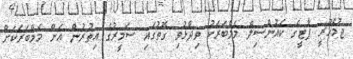
ޖުމްހޫރީ ޕާޓީގެ ކައުންސިލް މެމްބަރަކު ވިދާޅުވި ގޮތުގައި ސަމީރުގެ އިތުރުން އަށް މެމްބަރަކަށް